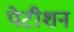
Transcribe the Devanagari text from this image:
पेटीशन